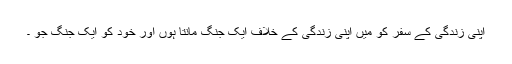
اپنی زندگی کے سفر کو میں اپنی زندگی کے خلاف ایک جنگ مانتا ہوں اور خود کو ایک جنگ جُو ۔